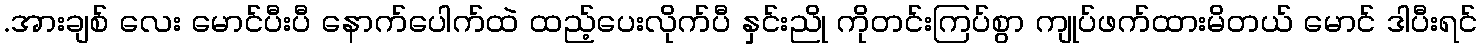
.အားချစ် လေး မောင်ပီးပီ နောက်ပေါက်ထဲ ထည့်ပေးလိုက်ပီ နှင်းညို ကိုတင်းကြပ်စွာ ကျုပ်ဖက်ထားမိတယ် မောင် ဒါပီးရင်